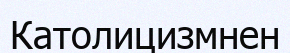
Католицизмнен